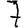
Digit: 7